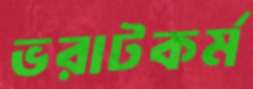
ভরাটকর্ম